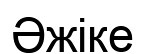
Әжіке